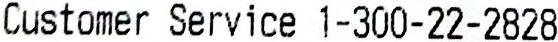
CUSTOMER SERVICE 1-300-22-2828